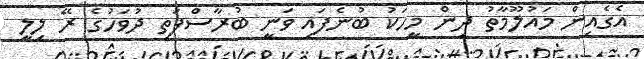
އެގެއިން މައުލޫމާތު ދިން މީހަކު ބުނެފައި ވަނީ ބުރާސްފަތި ދުވަހުގެ ރޭ ލިލީ